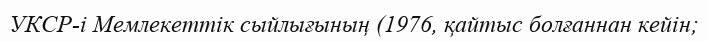
УКСР-і Мемлекеттік сыйлығының (1976, қайтыс болғаннан кейін;